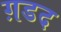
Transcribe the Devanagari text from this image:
ग़डद